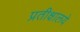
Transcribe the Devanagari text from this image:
प्रतीक्षालये